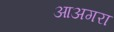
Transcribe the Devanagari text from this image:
आअगरा